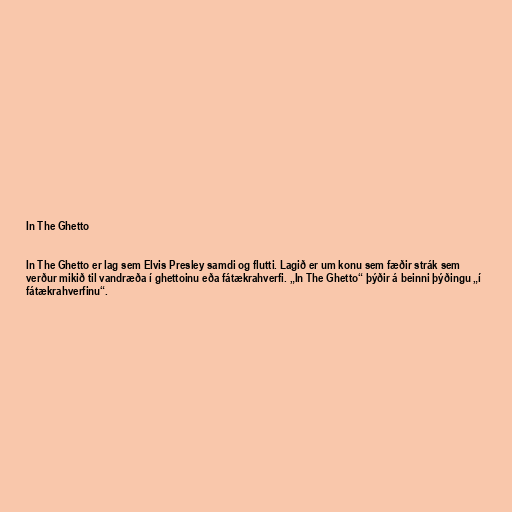
In The Ghetto

In The Ghetto er lag sem Elvis Presley samdi og flutti. Lagið er um konu sem fæðir strák sem
verður mikið til vandræða í ghettoinu eða fátækrahverfi. „In The Ghetto“ þýðir á beinni þýðingu „í
fátækrahverfinu“.